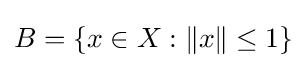
B=\{x\in X:\|x\|\leq 1\}